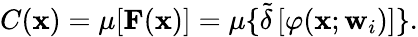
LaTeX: C(\mathbf{x})=\mu[\mathbf{F}(\mathbf{x})]=\mu\{ \tilde{\delta}\left[\varphi(\mathbf{x};\mathbf{w}_{i})\right]\} .